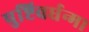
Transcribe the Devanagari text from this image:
पुष्टिवर्धन्म।